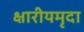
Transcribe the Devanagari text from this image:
क्षारीयमृदा